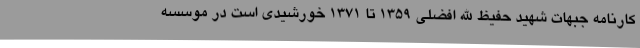
کارنامه جبهات شهید حفیظ الله افضلی 1359 تا 1371 خورشیدی است در موسسه